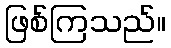
ဖြစ်ကြသည်။